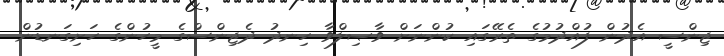
ޖިންސީ އެދުން ފުއްދުމުގެ ތެރޭގައި ކުންނަށް ވާޞިލްވާ ހިނދު ދެޖިންސްގެ މީހުންގެ ހަށިގަނޑުން